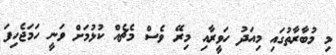
މި މުބާރާތުގައި މިއަދު ހަވީރާއި މިރޭ ވެސް މެޗެއް ކުޅުމަށް ވަނީ ހަމަޖެހިފަ